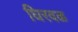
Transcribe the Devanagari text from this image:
घिरवळ